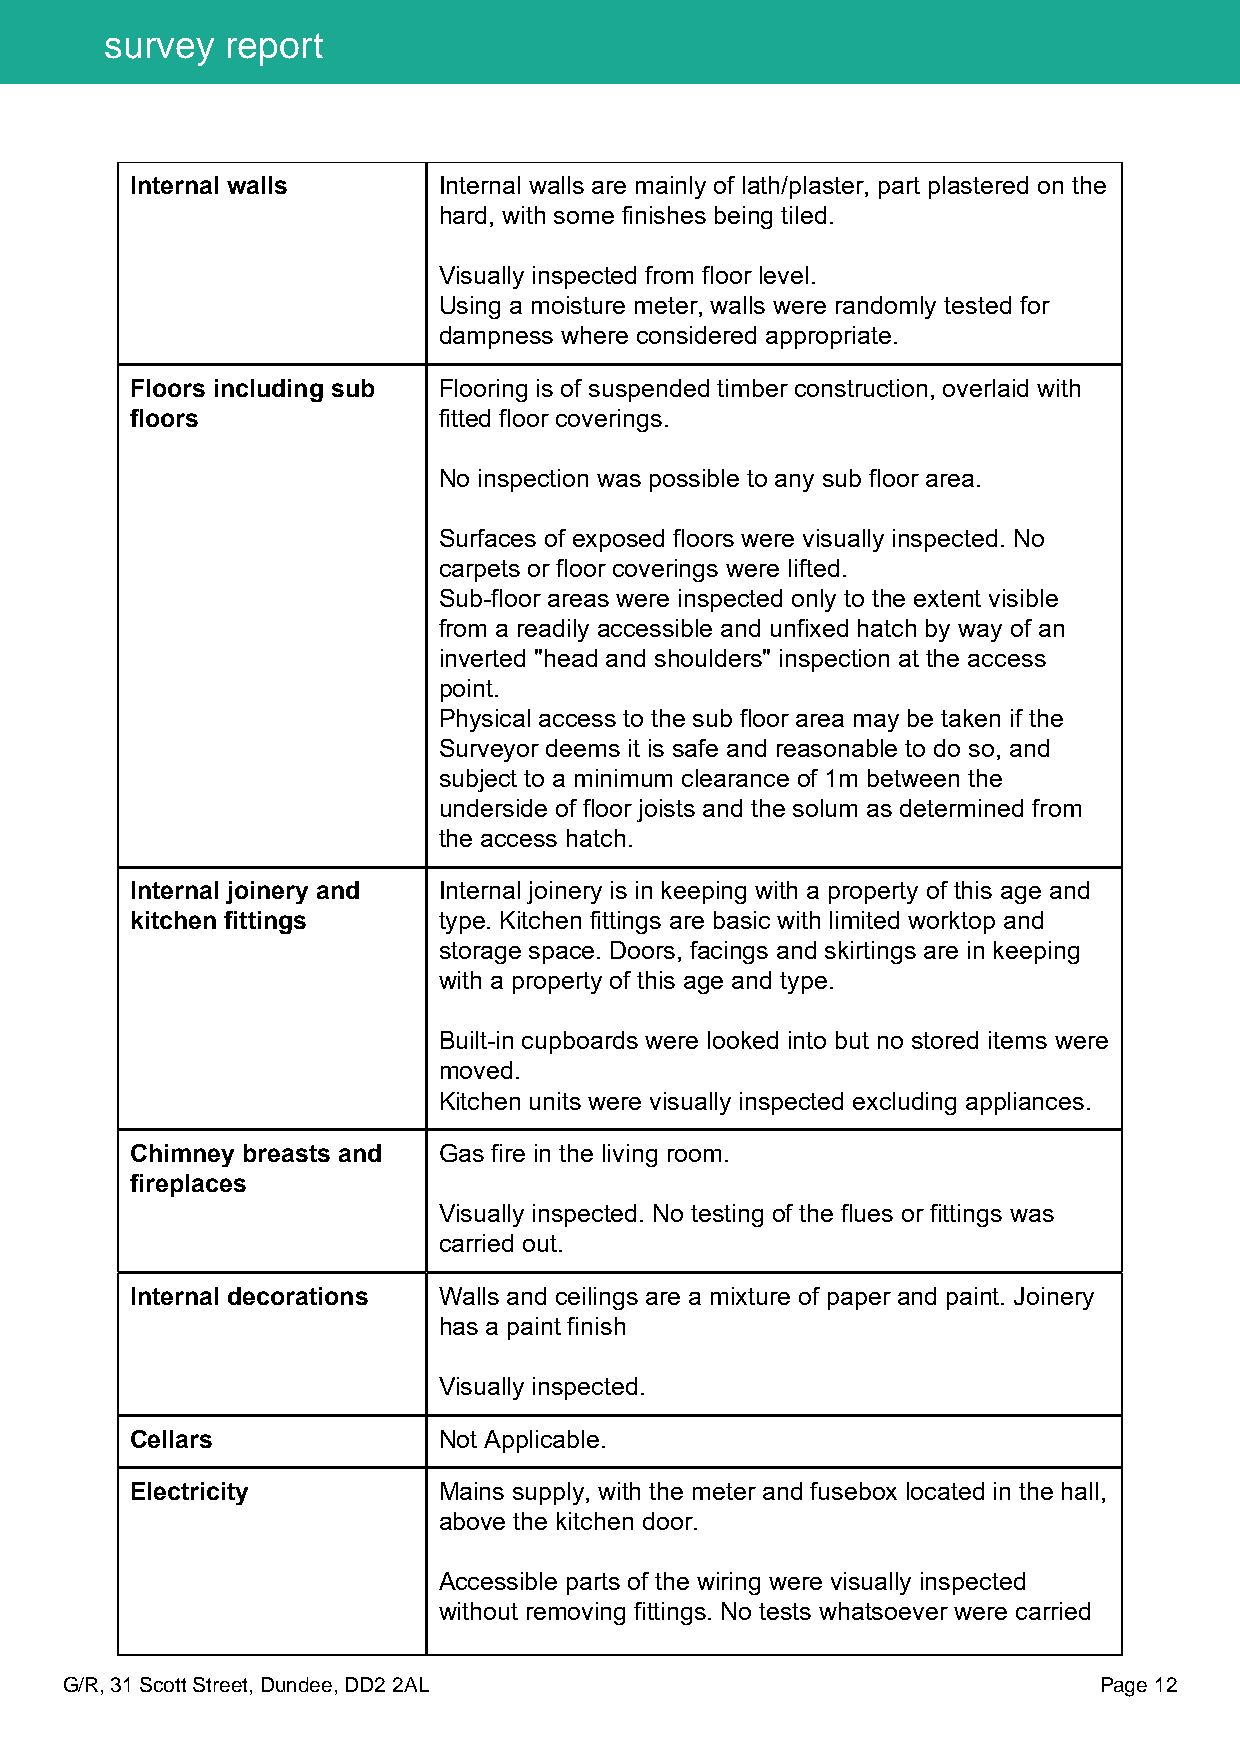
survey  report
 Internal walls      Internal walls are mainly of lath/plaster, part plastered on the
 hard, with some finishes being tiled.
 Visually inspected from floor level.
 Using a moisture meter, walls were randomly tested for
 dampness where considered appropriate.
 Floors including sub Flooring is of suspended timber construction, overlaid with
 floors              fitted floor coverings.
 No inspection was possible to any sub floor area.
 Surfaces of exposed floors were visually inspected. No
 carpets or floor coverings were lifted.
 Sub-floor areas were inspected only to the extent visible
 from a readily accessible and unfixed hatch by way of an
 inverted "head and shoulders" inspection at the access
 point.
 Physical access to the sub floor area may be taken if the
 Surveyor deems it is safe and reasonable to do so, and
 subject to a minimum clearance of 1m between the
 underside of floor joists and the solum as determined from
 the access hatch.
 Internal joinery and Internal joinery is in keeping with a property of this age and
 kitchen fittings    type. Kitchen fittings are basic with limited worktop and
 storage space. Doors, facings and skirtings are in keeping
 with a property of this age and type.
 Built-in cupboards were looked into but no stored items were
 moved.
 Kitchen units were visually inspected excluding appliances.
 Chimney breasts and Gas fire in the living room.
 fireplaces
 Visually inspected. No testing of the flues or fittings was
 carried out.
 Internal decorations Walls and ceilings are a mixture of paper and paint. Joinery
 has a paint finish
 Visually inspected.
 Cellars             Not Applicable.
 Electricity         Mains supply, with the meter and fusebox located in the hall,
 above the kitchen door.
 Accessible parts of the wiring were visually inspected
 without removing fittings. No tests whatsoever were carried
 G/R, 31 Scott Street, Dundee, DD2 2AL                                Page 12